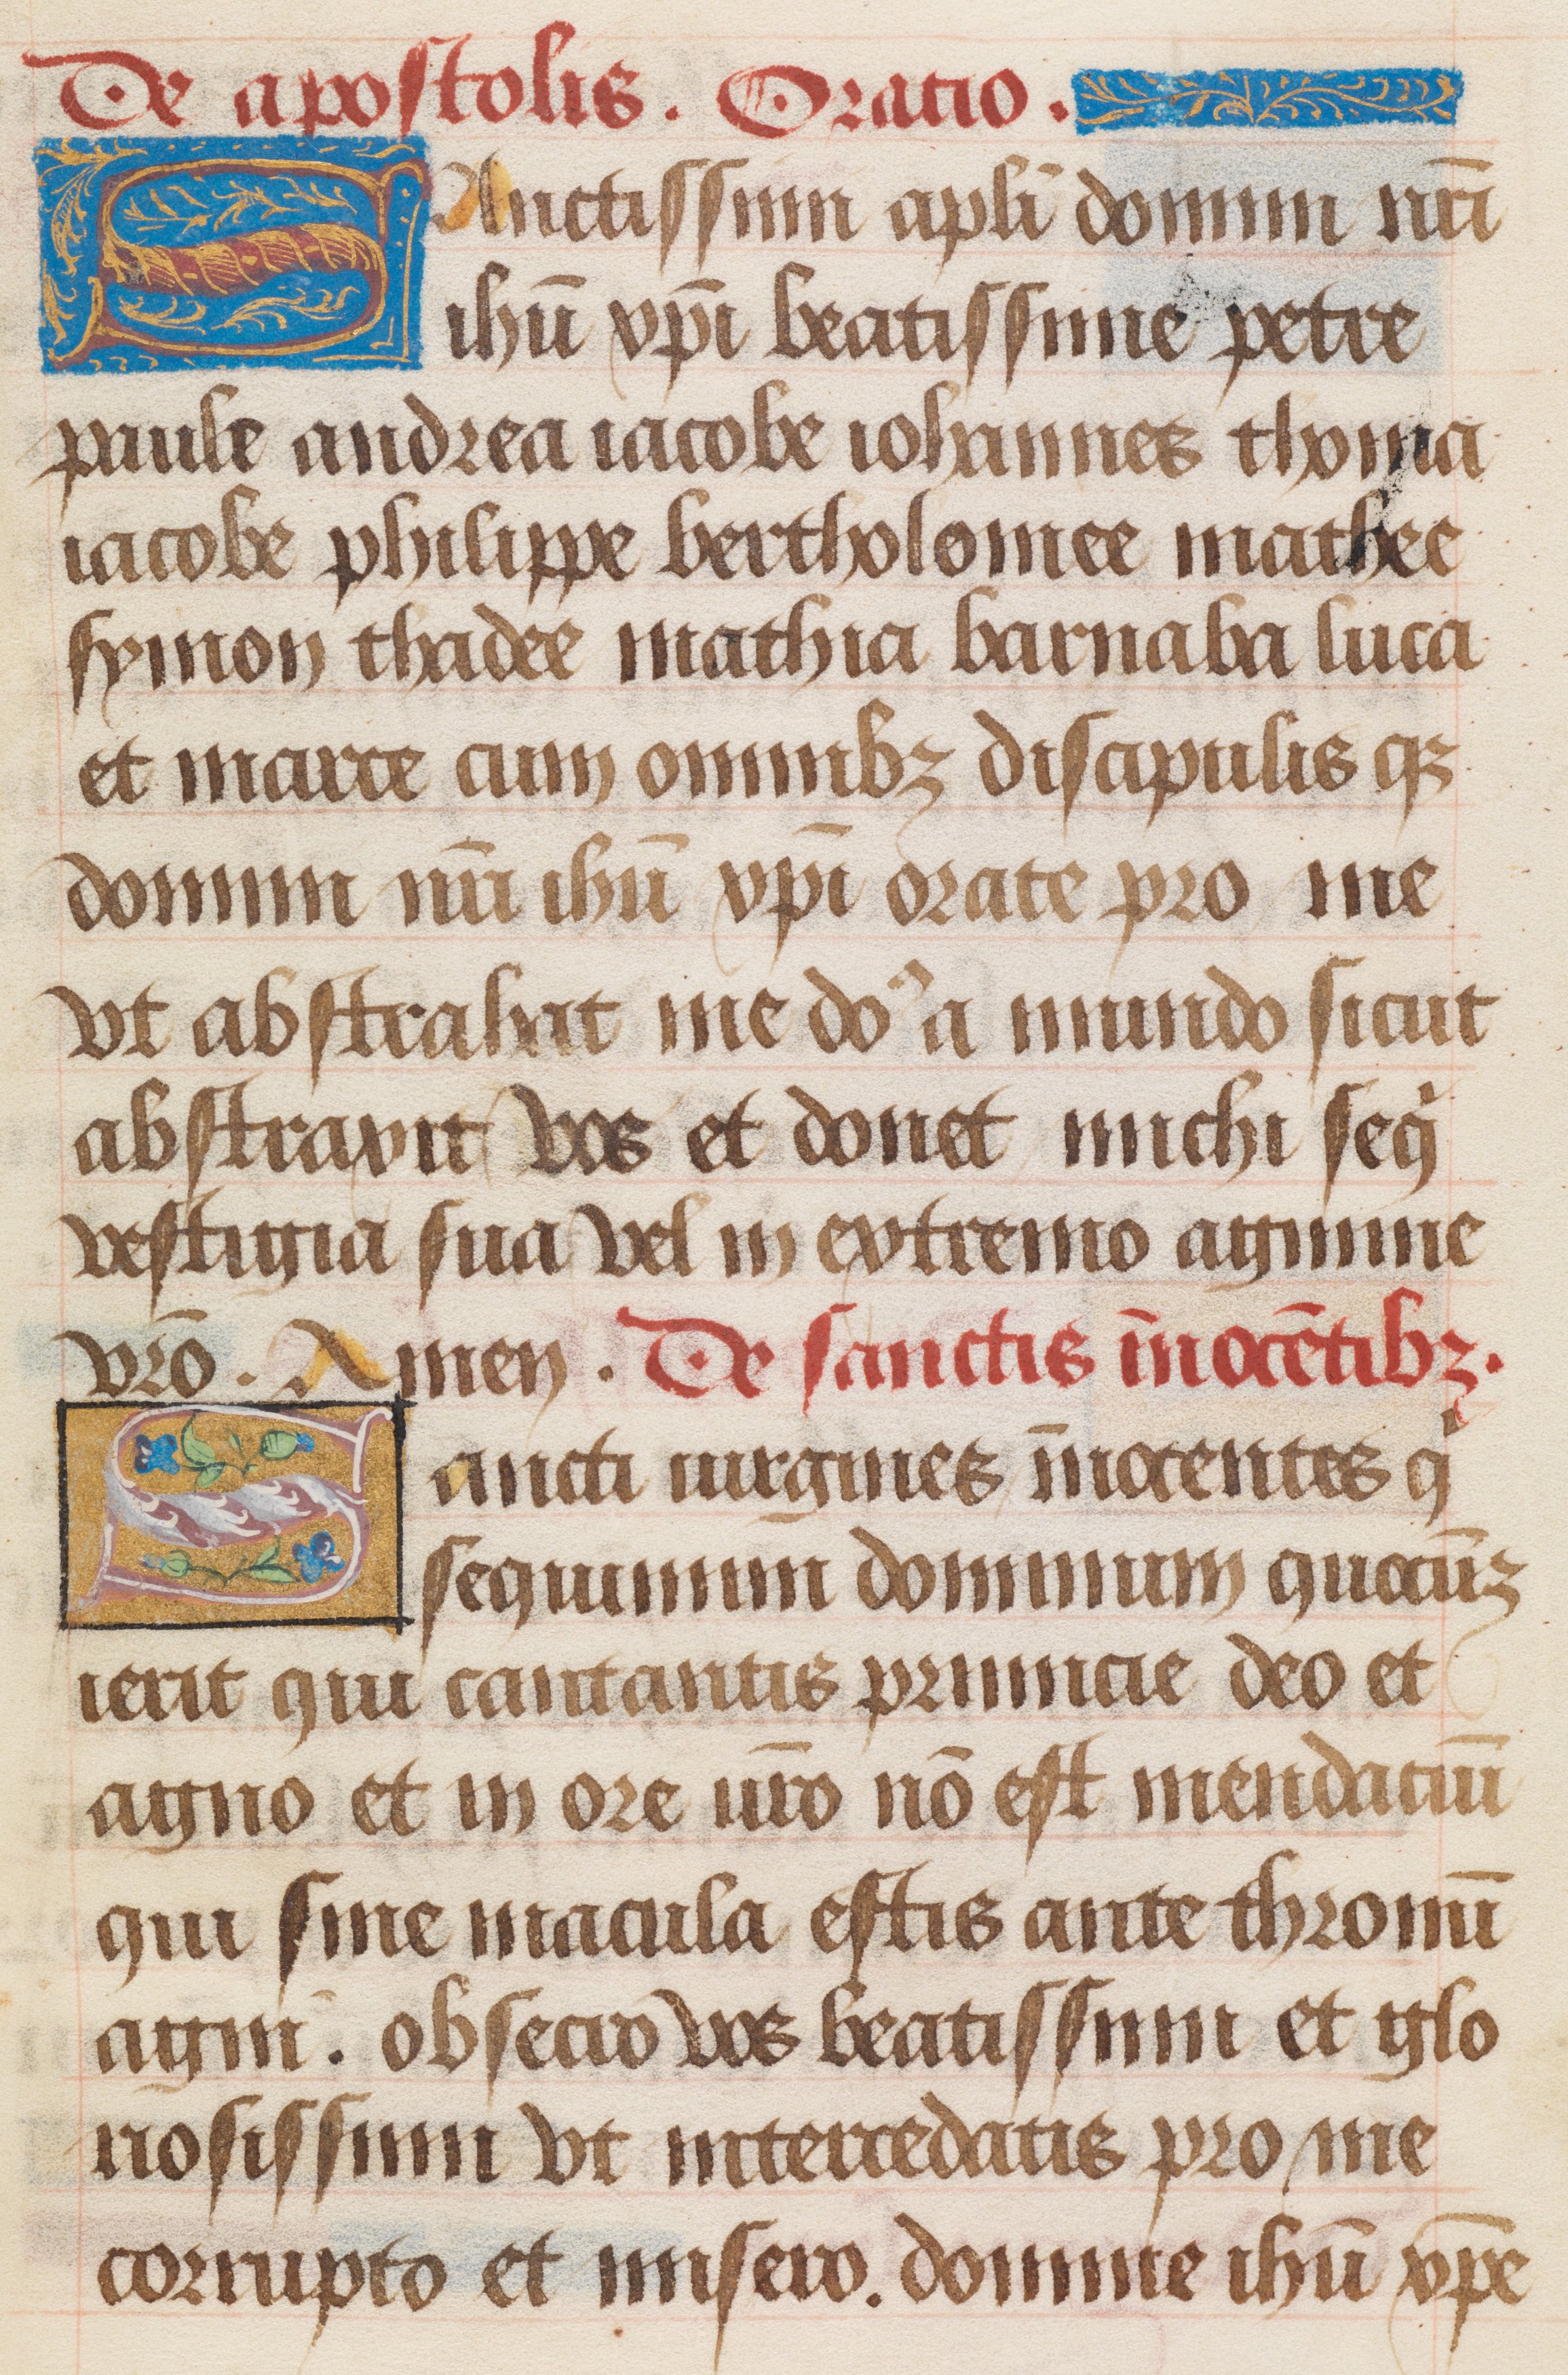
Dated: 1480–1490